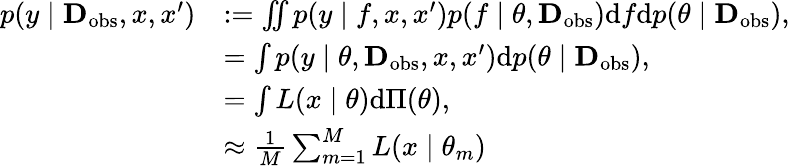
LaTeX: \begin{array}{rl}{p(y\mid\textbf{D}_{\mathrm{obs}},x,x^{\prime})}&{:=\iint p(y\mid f,x,x^{\prime})p(f\mid\theta,\textbf{D}_{\mathrm{obs}})\mathrm{d}f\mathrm{d}p(\theta\mid\textbf{D}_{\mathrm{obs}}),}\\ &{=\int p(y\mid\theta,\textbf{D}_{\mathrm{obs}},x,x^{\prime})\mathrm{d}p(\theta\mid\textbf{D}_{\mathrm{obs}}),}\\ &{=\int L(x\mid\theta)\mathrm{d}\Pi(\theta),}\\ &{\approx\frac{1}{M}\sum_{m=1}^{M}L(x\mid\theta_{m})}\end{array}